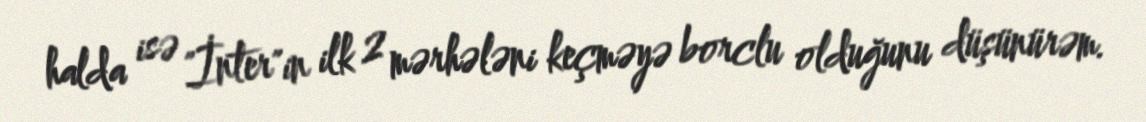
halda isə "İnter"in ilk 2 mərhələni keçməyə borclu olduğunu düşünürəm.